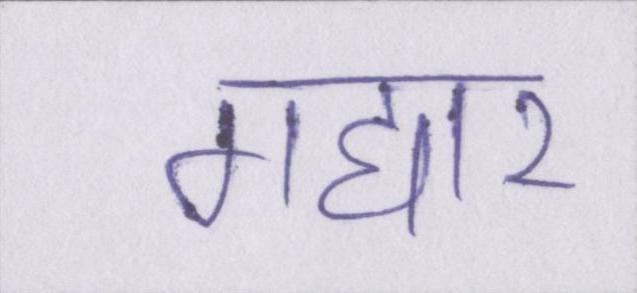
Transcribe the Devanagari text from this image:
गद्दार